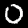
Label: 0